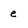
Character: e